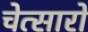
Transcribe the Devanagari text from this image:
चेत्सारो